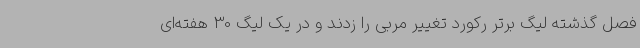
فصل گذشته لیگ برتر رکورد تغییر مربی را زدند و در یک لیگ 30 هفته‌ای